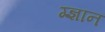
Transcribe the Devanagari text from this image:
ग्ज्ञान